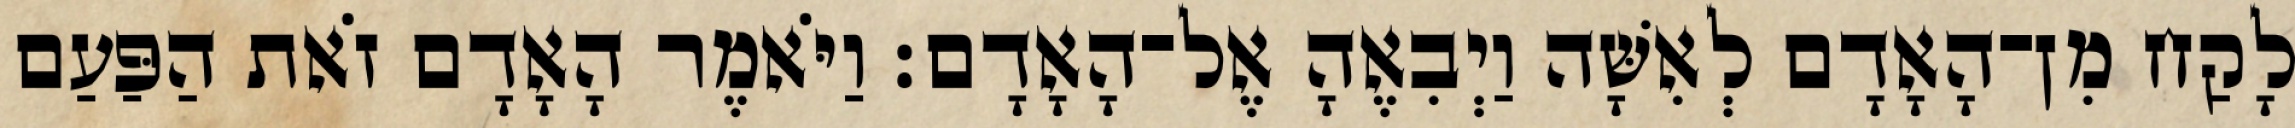
לָקַח מִן־הָאָדָם לְאִשָּׁה וַיְבִאֶהָ אֶל־הָאָדָם׃ וַיֹּאמֶר הָאָדָם זֹאת הַפַּעַם